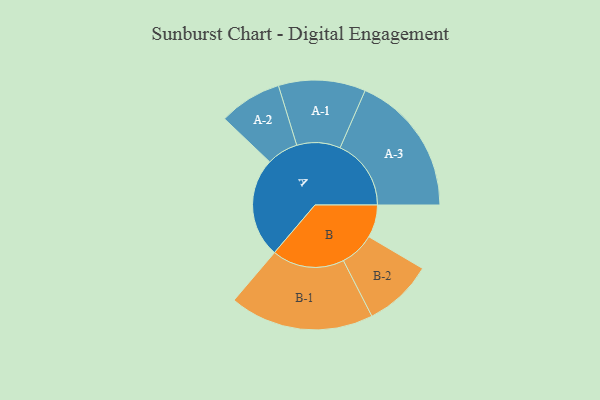
{"axis": {"x": "Segment", "y": "Value"}, "legend": ["", "A", "B"], "data": [{"x": "A", "y": 403, "type": ""}, {"x": "B", "y": 132, "type": ""}, {"x": "A-1", "y": 176, "type": "A"}, {"x": "A-2", "y": 127, "type": "A"}, {"x": "A-3", "y": 287, "type": "A"}, {"x": "B-1", "y": 292, "type": "B"}, {"x": "B-2", "y": 140, "type": "B"}]}